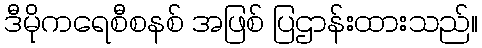
ဒီမိုကရေစီစနစ် အဖြစ် ပြဌာန်းထားသည်။